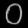
Digit: ၀